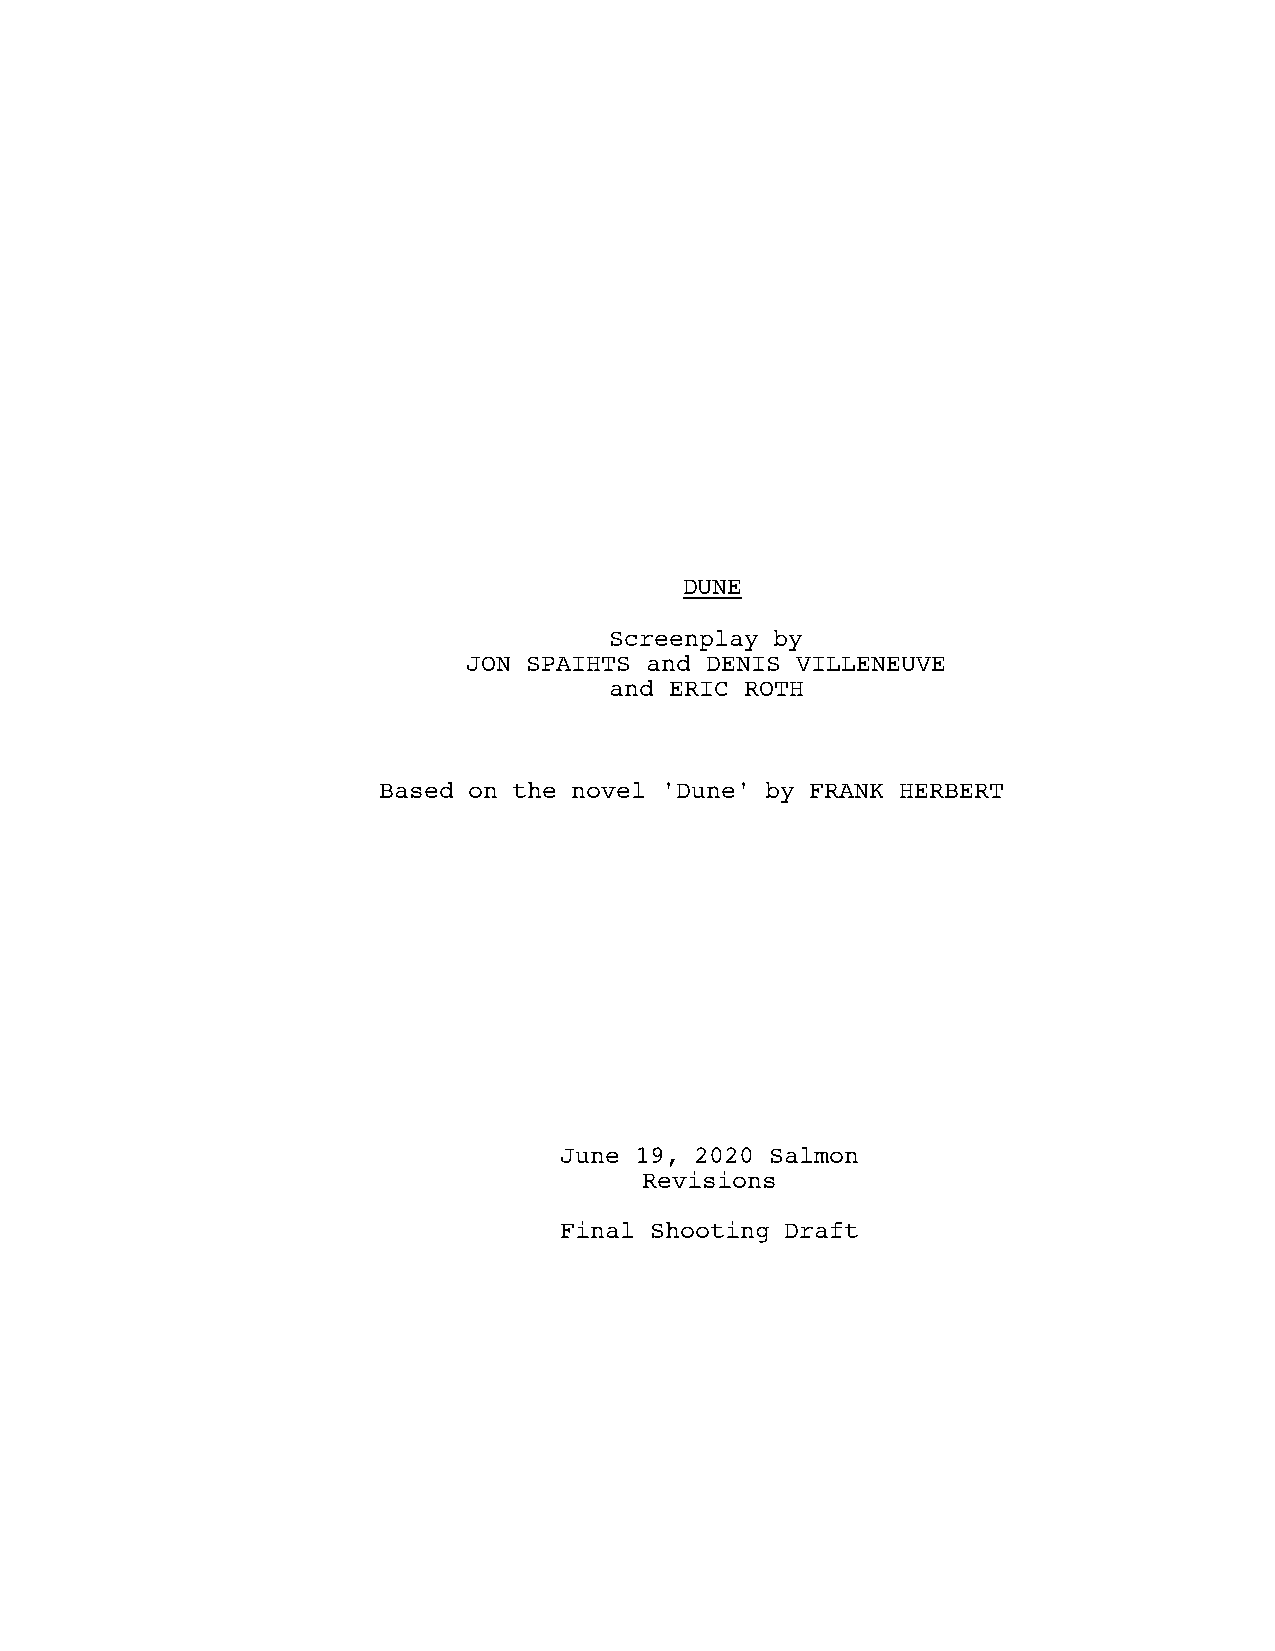
DUNE
 Screenplay by
 JON SPAIHTS and DENIS VILLENEUVE
 and ERIC ROTH
 Based on the novel 'Dune' by FRANK HERBERT
 June 19, 2020 Salmon
 Revisions
 Final Shooting Draft